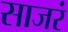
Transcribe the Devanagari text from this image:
साजरं